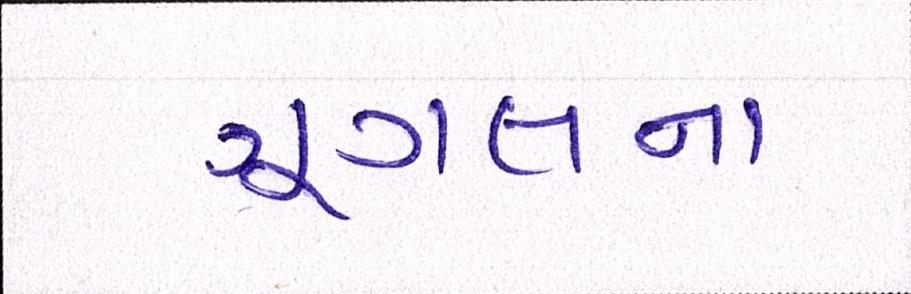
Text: ગૂગલના